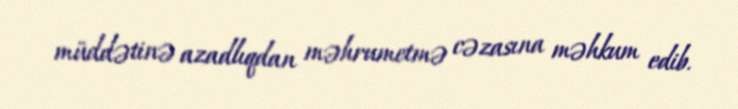
müddətinə azadlıqdan məhrumetmə cəzasına məhkum edib.